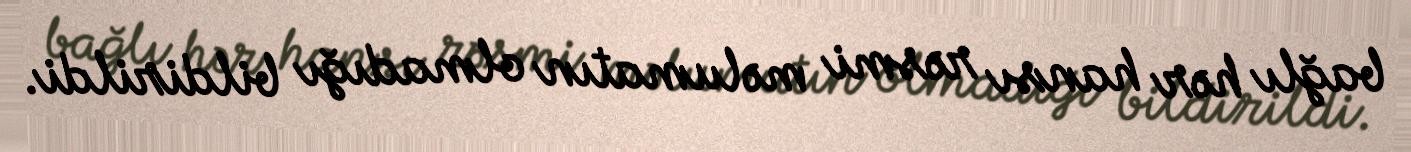
bağlı hər hansı rəsmi məlumatın olmadığı bildirildi.